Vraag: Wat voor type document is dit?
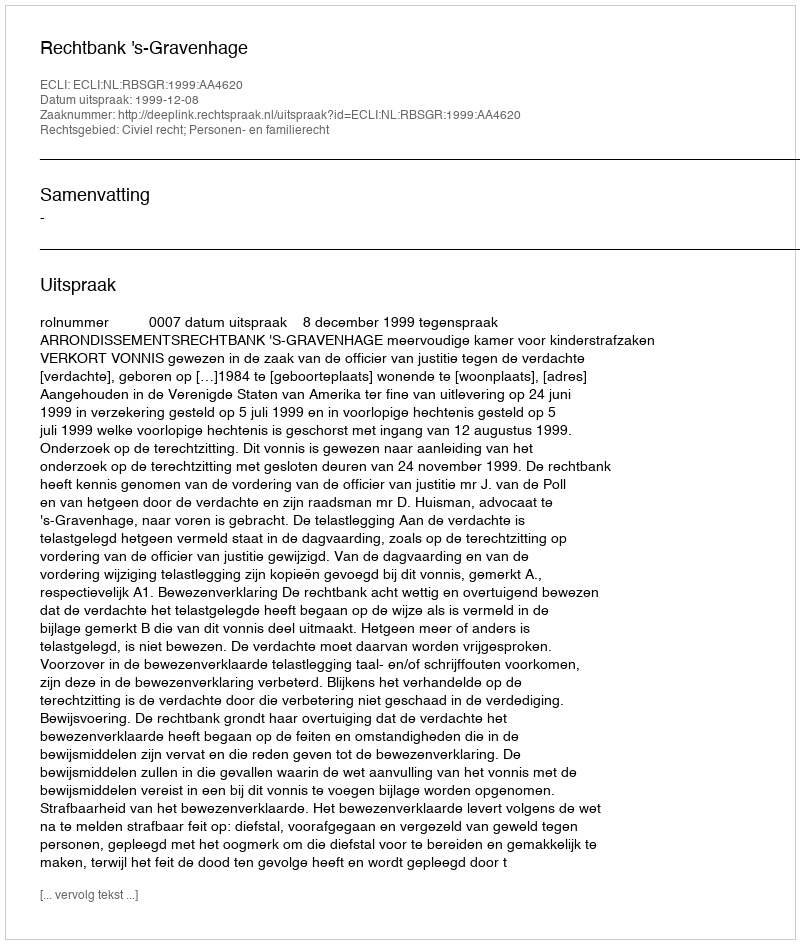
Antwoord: Uitspraak